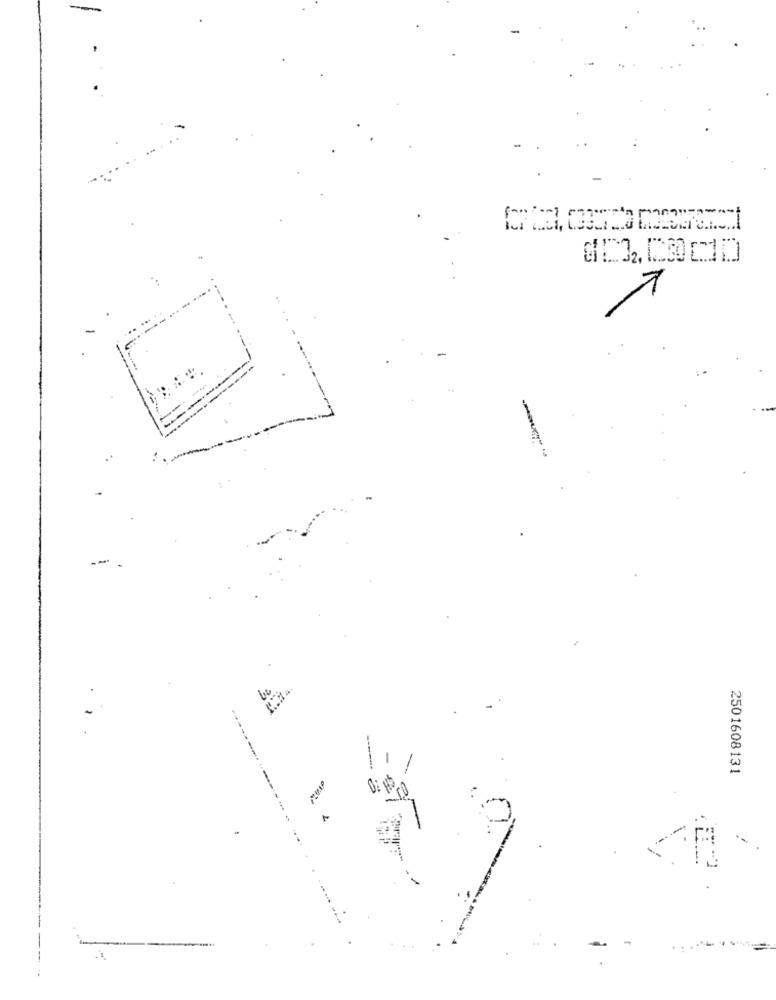
1
.. ..
--
2501608131
ГА